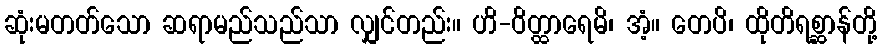
ဆုံးမတတ်သော ဆရာမည်သည်သာ လျှင်တည်း။ ဟိ-ဝိတ္ထာရေမိ၊ အံ့။ တေပိ၊ ထိုတိရစ္ဆာန်တို့